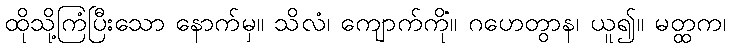
ထိုသို့ကြံပြီးသော နောက်မှ။ သိလံ၊ ကျောက်ကို။ ဂဟေတွာန၊ ယူ၍။ မတ္ထကံ၊